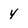
Character: Y